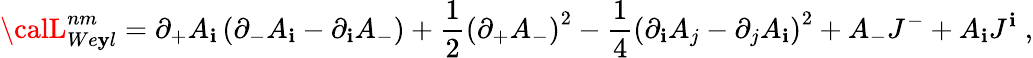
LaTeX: {\calL}_{We\mathbf{y}l}^{nm}=\partial_{+}{A}_{\mathbf{i}}\left(\partial_{-}{A}_{\mathbf{i}}-\partial_{\mathbf{i}}A_{-}\right)+\frac{1}{2}\left(\partial_{+}{A}_{-}\right)^{2}-\frac{1}{4}\left(\partial_{\mathbf{i}}{A}_{j}-\partial_{j}{A}_{\mathbf{i}}\right)^{2}+{A}_{-}{J}^{-}+{A}_{\mathbf{i}}{J}^{\mathbf{i}}\; ,